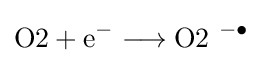
{{\text{O2}}{}+{}{\text{e}}{\vphantom {A}}^{-}{}\mathrel {\longrightarrow } {}{\text{O2}}~{\vphantom {A}}^{-\bullet }}